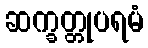
ဆက္ခတ္တုပရမံ